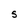
Character: S